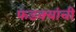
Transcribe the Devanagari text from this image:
फडक्यांची